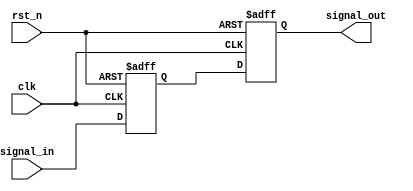
module Delay #(parameter DELAY_TIME = 10) (
    input wire clk,         // Clock signal
    input wire rst_n,      // Active low reset
    input wire signal_in,   // Input signal
    output reg signal_out   // Delayed output signal
);
    reg signal_in_d; // Register to hold the delayed input signal

    // Process to handle input signal and introduce delay
    always @(posedge clk or negedge rst_n) begin
        if (!rst_n) begin
            signal_out <= 0; // Reset output signal
            signal_in_d <= 0; // Reset delayed input signal
        end else begin
            // Capture the current input signal
            signal_in_d <= signal_in;

            // Introduce the delay using a timing control
            #DELAY_TIME signal_out <= signal_in_d; 
        end
    end
endmodule